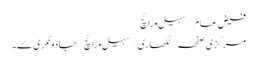
فیض عام/سہیل وڑائچ
مرکزی صفحہ/ لکھاری/ سہیل وڑائچ/جادو نگری سے۔